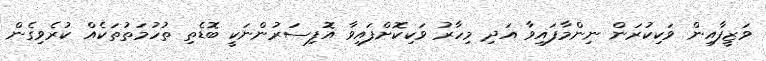
ވަޒީފާއިން ވަކިކުރަން ނިންމާފައިވާ އަދި މިހާރު ވަކިކޮށްފައިވާ އޮފިސަރުންނަކީ ބޮޑެތި ތުހުމަތުތަކެއް ކުރެވިގެން